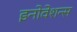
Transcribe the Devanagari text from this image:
इनोवेशन्स